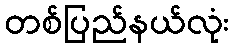
တစ်ပြည်နယ်လုံး